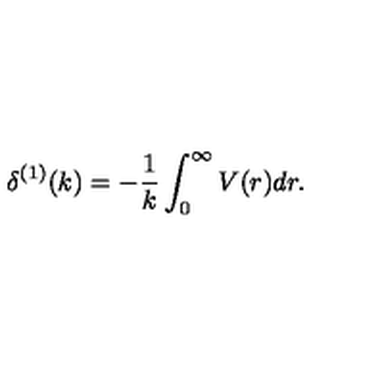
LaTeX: \delta ^ { ( 1 ) } ( k ) = - \frac { 1 } { k } \int _ { 0 } ^ { \infty } V ( r ) d r .